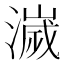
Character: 𣿄